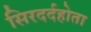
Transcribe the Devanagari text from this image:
सिरदर्दहोता